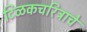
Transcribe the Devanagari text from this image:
टिळकचरित्राचे